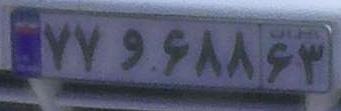
۷۷و۶۸۸۶۳